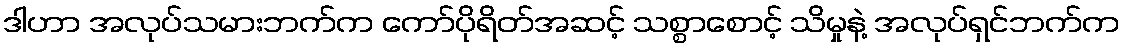
ဒါဟာ အလုပ်သမားဘက်က ကော်ပိုရိတ်အဆင့် သစ္စာစောင့် သိမှုနဲ့ အလုပ်ရှင်ဘက်က